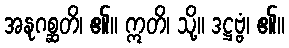
အနုဂစ္ဆတိ၊ ၏။ ဣတိ၊ သို့။ ဒဋ္ဌဗ္ဗံ၊ ၏။